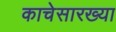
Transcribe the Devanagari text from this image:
काचेसारख्या